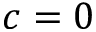
c = 0